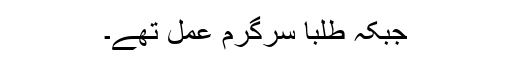
جبکہ طلبا سرگرم عمل تھے۔